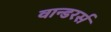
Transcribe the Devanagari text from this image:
वान्डरर्स